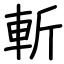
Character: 斬